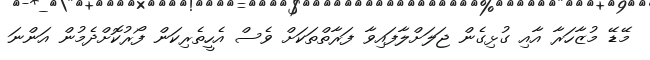
މޭޑޭ މުޒާހަރާ އާއި ގުޅިގެން ޖަލަށްލާފައިވާ ފަރާތްތަކަށް ވެސް އެހީތެރިކަން ފޯރުކޮށްދެމުން އަންނަ